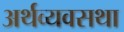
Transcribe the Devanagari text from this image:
अर्थव्यवसथा